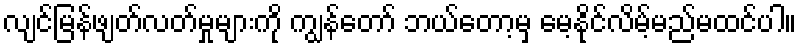
လျင်မြန်ဖျတ်လတ်မှုများကို ကျွန်တော် ဘယ်တော့မှ မေ့နိုင်လိမ့်မည်မထင်ပါ။